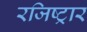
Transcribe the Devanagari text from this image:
रजिष्ट्रार